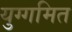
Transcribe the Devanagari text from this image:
युग्गमित